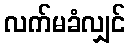
လက်မခံလျှင်